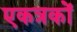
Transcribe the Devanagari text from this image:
एकत्रकों